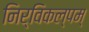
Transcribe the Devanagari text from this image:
निर्विकल्पम्